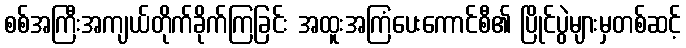
စစ်အကြီးအကျယ်တိုက်ခိုက်ကြခြင်း အထူးအကြံပေးကောင်စီ၏ ပြိုင်ပွဲများမှတစ်ဆင့်